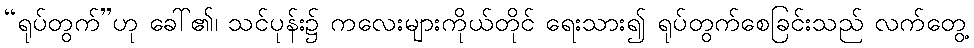
“ရုပ်တွက်”ဟု ခေါ်၏၊ သင်ပုန်း၌ ကလေးများကိုယ်တိုင် ရေးသား၍ ရုပ်တွက်စေခြင်းသည် လက်တွေ့